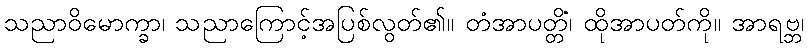
သညာဝိမောက္ခာ၊ သညာကြောင့်အပြစ်လွတ်၏။ တံအာပတ္တိံ၊ ထိုအာပတ်ကို။ အာရဗ္ဘ၊